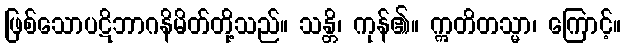
ဖြစ်သောပဋိဘာဂနိမိတ်တို့သည်။ သန္တိ၊ ကုန်၏။ ဣတိတသ္မာ၊ ကြောင့်။